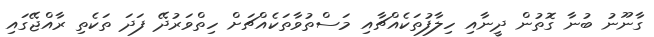
ގާނޫނު ބުނާ ގޮތުން ދީނާއި ހިލާފުތަކެއްޗާއި މަސްތުވާތަކެއްޗަށް ހިތްވަރުދޭ ފަދަ ތަކެތި ރާއްޖޭގައި